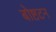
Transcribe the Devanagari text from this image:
बोष्टटन